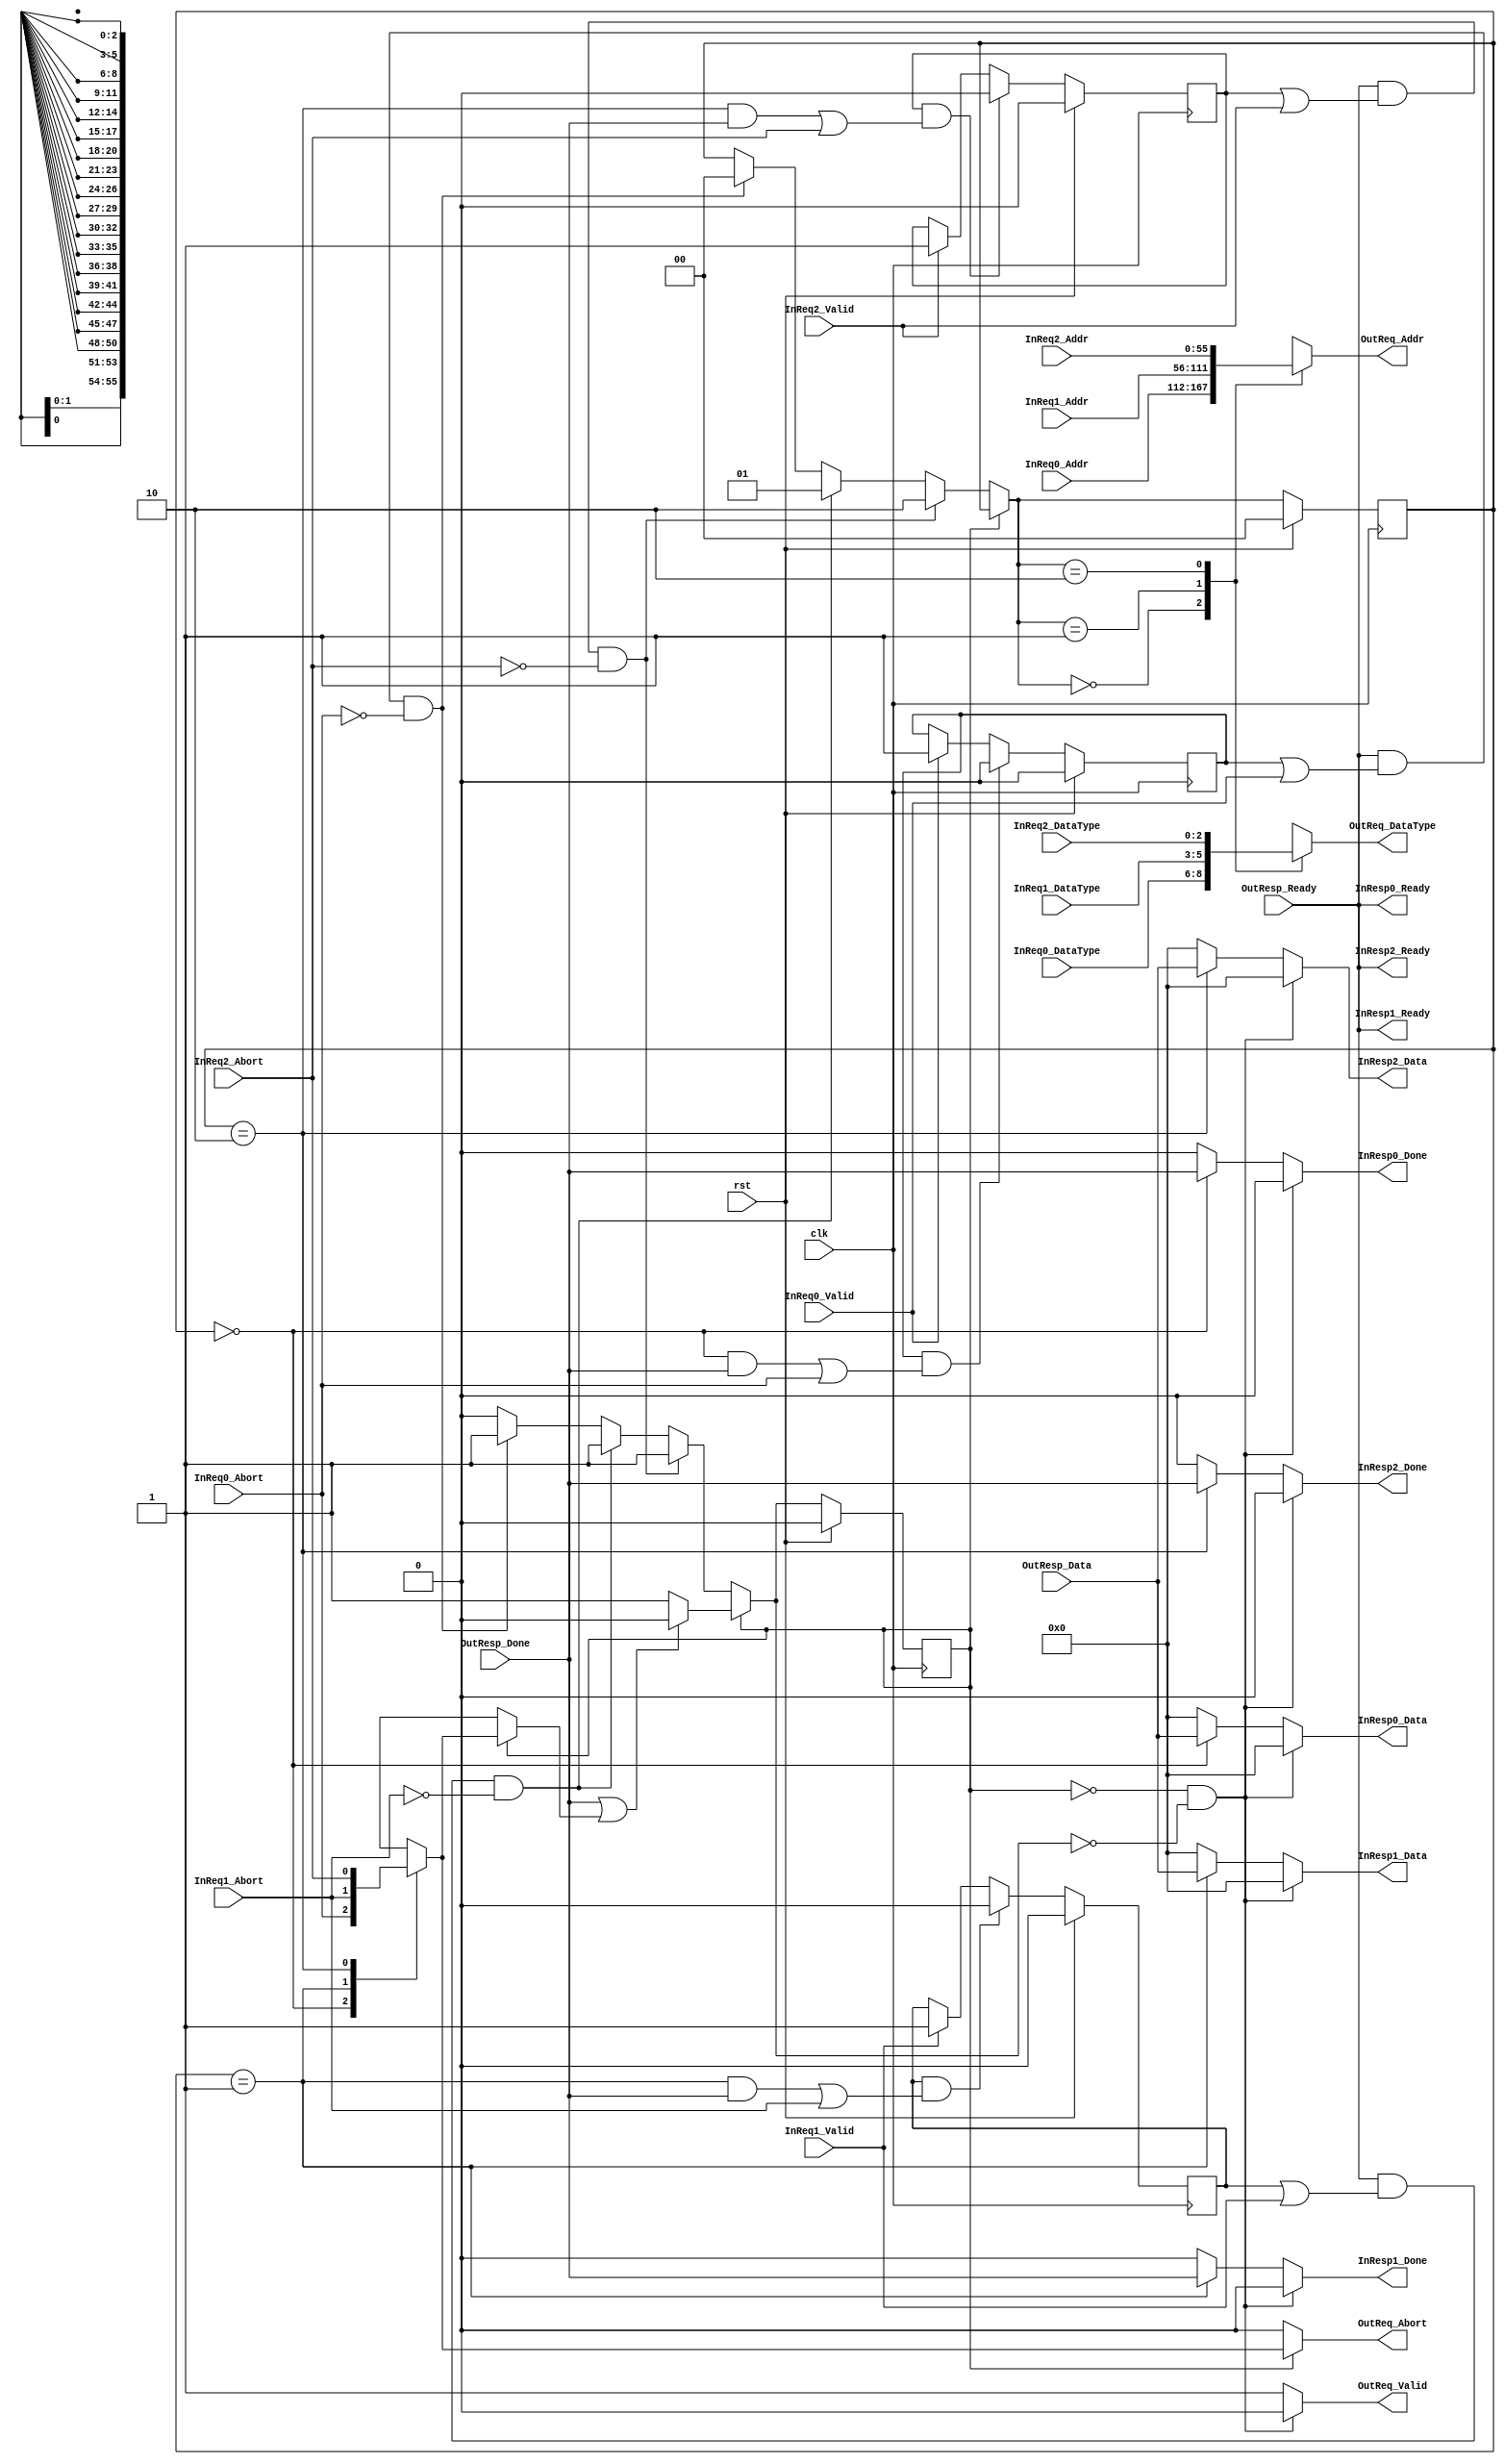
//******************************************************************************
// Copyright (c) 2018 - 2023, Indian Institute of Science, Bangalore.
// All Rights Reserved. See LICENSE for license details.
//------------------------------------------------------------------------------

// Contributors // Manish Kumar(manishkumar5@iisc.ac.in), Shubham Yadav(shubhamyadav@iisc.ac.in)
// Sajin S (sajins@alum.iisc.ac.in, Shubham Sunil Garag (shubhamsunil@alum.iisc.ac.in)
// Anuj Phegade (anujphegade@alum.iisc.ac.in), Deepshikha Gusain (deepshikhag@alum.iisc.ac.in)
// Ronit Patel (ronitpatel@alum.iisc.ac.in), Vishal Kumar (vishalkumar@alum.iisc.ac.in)
// Kuruvilla Varghese (kuru@iisc.ac.in)
//******************************************************************************
`timescale 1ns/1ps

(* keep_hierarchy = "yes" *)
module simple_arbiter
#(
    parameter PORTS = 3,
    parameter ADDR_WIDTH = 56,
    parameter DATA_WIDTH = 64,
    parameter DATA_TYPE_WIDTH = 3
)
(
    input  wire clk,
    input  wire rst,

    input  wire                         InReq0_Valid,
    input  wire [ADDR_WIDTH-1:0]        InReq0_Addr,
    input  wire [DATA_TYPE_WIDTH-1:0]   InReq0_DataType,
    input  wire                         InReq0_Abort,
    output wire                         InResp0_Done,
    output wire                         InResp0_Ready,
    output wire [DATA_WIDTH-1:0]        InResp0_Data,

    input  wire                         InReq1_Valid,
    input  wire [ADDR_WIDTH-1:0]        InReq1_Addr,
    input  wire [DATA_TYPE_WIDTH-1:0]   InReq1_DataType,
    input  wire                         InReq1_Abort,
    output wire                         InResp1_Done,
    output wire                         InResp1_Ready,
    output wire [DATA_WIDTH-1:0]        InResp1_Data,

    input  wire                         InReq2_Valid,
    input  wire [ADDR_WIDTH-1:0]        InReq2_Addr,
    input  wire [DATA_TYPE_WIDTH-1:0]   InReq2_DataType,
    input  wire                         InReq2_Abort,
    output wire                         InResp2_Done,
    output wire                         InResp2_Ready,
    output wire [DATA_WIDTH-1:0]        InResp2_Data,

    output reg                          OutReq_Valid,
    output reg  [ADDR_WIDTH-1:0]        OutReq_Addr,
    output reg  [DATA_TYPE_WIDTH-1:0]   OutReq_DataType,
    output reg                          OutReq_Abort,
    input  wire                         OutResp_Done,
    input  wire                         OutResp_Ready,
    input  wire [DATA_WIDTH-1:0]        OutResp_Data
);

//convert wires to arrays
localparam AW = ADDR_WIDTH;
localparam DW = DATA_WIDTH;
localparam DTW= DATA_TYPE_WIDTH;

wire                         InReq_Valid    [0:PORTS-1];
wire [ADDR_WIDTH-1:0]        InReq_Addr     [0:PORTS-1];
wire [DATA_TYPE_WIDTH-1:0]   InReq_DataType [0:PORTS-1];
wire                         InReq_Abort    [0:PORTS-1];
reg                          InResp_Done    [0:PORTS-1];
wire                         InResp_Ready   [0:PORTS-1];
reg  [DATA_WIDTH-1:0]        InResp_Data    [0:PORTS-1];

//HACK: Fix this for number of ports
assign InReq_Valid[0]    = InReq0_Valid;
assign InReq_Addr[0]     = InReq0_Addr;
assign InReq_DataType[0] = InReq0_DataType;
assign InReq_Abort[0]    = InReq0_Abort;
assign InResp0_Done      = InResp_Done[0];
assign InResp0_Ready     = InResp_Ready[0];
assign InResp0_Data      = InResp_Data[0];

assign InReq_Valid[1]    = InReq1_Valid;
assign InReq_Addr[1]     = InReq1_Addr;
assign InReq_DataType[1] = InReq1_DataType;
assign InReq_Abort[1]    = InReq1_Abort;
assign InResp1_Done      = InResp_Done[1];
assign InResp1_Ready     = InResp_Ready[1];
assign InResp1_Data      = InResp_Data[1];

assign InReq_Valid[2]    = InReq2_Valid;
assign InReq_Addr[2]     = InReq2_Addr;
assign InReq_DataType[2] = InReq2_DataType;
assign InReq_Abort[2]    = InReq2_Abort;
assign InResp2_Done      = InResp_Done[2];
assign InResp2_Ready     = InResp_Ready[2];
assign InResp2_Data      = InResp_Data[2];

//Internal Registers & Variable/Wires
reg                     ReqPending [0:PORTS-1];
reg                     TargetBusy, TargetBusy_d;
reg [$clog2(PORTS)-1:0] ActiveRequest, ActiveRequest_d;

//convert input request pulse to level
integer i;
always @(posedge clk) begin
    for(i=0; i<PORTS; i=i+1) begin
        if(rst)
            ReqPending[i] <= 1'b0;
        else if(ReqPending[i]==1'b1 &&
            ( (ActiveRequest==i && OutResp_Done) || InReq_Abort[i]) ) //modified to InReq_Abort[i] from InReq_Abort[active Request]  //clear pending when done or abort 
            ReqPending[i] <= 1'b0;
        else if(InReq_Valid[i])
            ReqPending[i] <= 1'b1;
    end
end

//Select Highest Priority Request as active if No Requsest is Ongoing
integer a;
always @(*) begin
    if(TargetBusy) begin
        if(OutResp_Done || InReq_Abort[ActiveRequest]) begin
            //One Request Completed.
            //Next Will be checked in next cycle
            TargetBusy_d    = 1'b0;
            ActiveRequest_d = ActiveRequest;
        end
        else begin
            //Current Ruquest is going one
            //Maintain old values
            TargetBusy_d    = TargetBusy;
            ActiveRequest_d = ActiveRequest;
        end
    end
    else begin
        //No Active Request => Check for new request
        TargetBusy_d    = 1'b0;
        ActiveRequest_d = ActiveRequest;
        //Higher Port Number Higher is the priority
        for(a=0; a<PORTS; a=a+1) begin
            if((OutResp_Ready) && (ReqPending[a]==1'b1 || InReq_Valid[a]) && !InReq_Abort[a]) begin
                TargetBusy_d    = 1'b1;
                ActiveRequest_d = a;
            end
        end
    end
end
always @(posedge clk) begin
    if(rst) begin
        TargetBusy    <= 1'b0;
        ActiveRequest <= 0;
    end
    else begin
        TargetBusy    <= TargetBusy_d;
        ActiveRequest <= ActiveRequest_d;
    end
end

//Route Request from Active Request to Target and Response from target to
//Active Request's Response
genvar gj;
generate
    for(gj=0; gj<PORTS; gj=gj+1) begin
        assign InResp_Ready[gj] = OutResp_Ready;
    end
endgenerate

integer j;
always @* begin
    OutReq_Addr                 = InReq_Addr[ActiveRequest_d];
    OutReq_DataType             = InReq_DataType[ActiveRequest_d];

    if(TargetBusy==1'b0 && TargetBusy_d==1'b0) begin
        OutReq_Valid        = 1'b0;
        for(j=0; j<PORTS; j=j+1) begin
            InResp_Done[j]  = 1'b0;
            InResp_Data[j]  = 0;
        end
    end
    else begin
        for(j=0; j<PORTS; j=j+1) begin
            InResp_Done[j]  = 1'b0;
            InResp_Data[j]  = 0;
        end
        OutReq_Valid                = 1'b1;
        InResp_Done[ActiveRequest]  = OutResp_Done;
        InResp_Data[ActiveRequest]  = OutResp_Data;
    end

    OutReq_Abort = TargetBusy ? InReq_Abort[ActiveRequest] : 1'b0;
end


endmodule